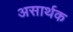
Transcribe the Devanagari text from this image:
असार्थक